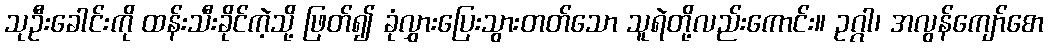
သုဦးခေါင်းကို ထန်းသီးခိုင်ကဲ့သို့ ဖြတ်၍ ခုံလွှားပြေးသွားတတ်သော သူရဲတို့လည်းကောင်း။ ဥဂ္ဂါ၊ အလွန်ကျော်စော